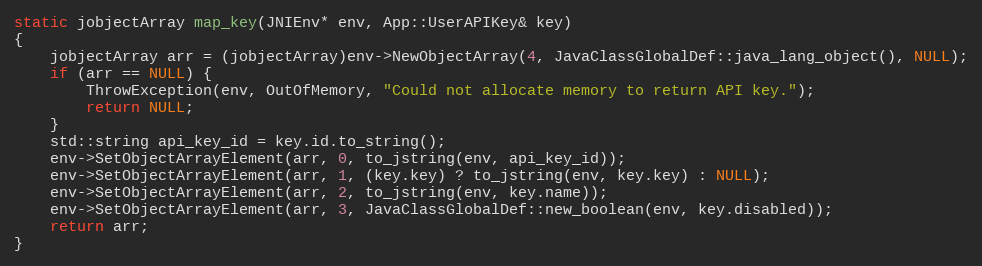
Language: C++
static jobjectArray map_key(JNIEnv* env, App::UserAPIKey& key)
{
    jobjectArray arr = (jobjectArray)env->NewObjectArray(4, JavaClassGlobalDef::java_lang_object(), NULL);
    if (arr == NULL) {
        ThrowException(env, OutOfMemory, "Could not allocate memory to return API key.");
        return NULL;
    }
    std::string api_key_id = key.id.to_string();
    env->SetObjectArrayElement(arr, 0, to_jstring(env, api_key_id));
    env->SetObjectArrayElement(arr, 1, (key.key) ? to_jstring(env, key.key) : NULL);
    env->SetObjectArrayElement(arr, 2, to_jstring(env, key.name));
    env->SetObjectArrayElement(arr, 3, JavaClassGlobalDef::new_boolean(env, key.disabled));
    return arr;
}